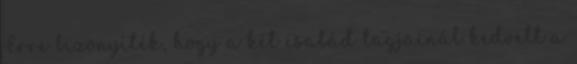
Erre bizonyíték, hogy a két család tagjainál kedvelt a